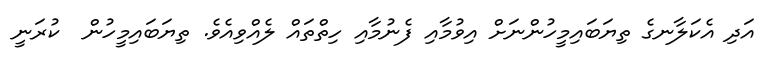
އަދި އެކަލާނގެ ތިޔަބައިމީހުންނަށް އިވުމާއި ފެނުމާއި ހިތްތައް ލެއްވިއެވެ. ތިޔަބައިމީހުން  ކުރަނީ